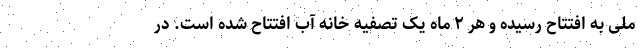
ملی به افتتاح رسیده و هر ۲ ماه یک تصفیه خانه آب افتتاح شده است. در